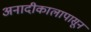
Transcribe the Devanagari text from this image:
अनादीकालापासून